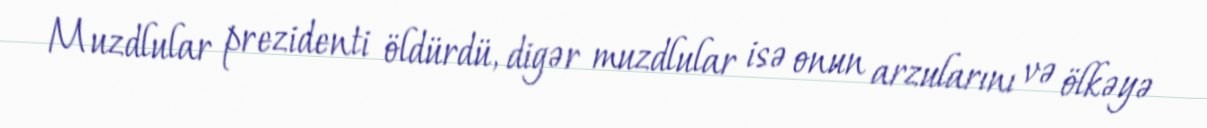
Muzdlular prezidenti öldürdü, digər muzdlular isə onun arzularını və ölkəyə